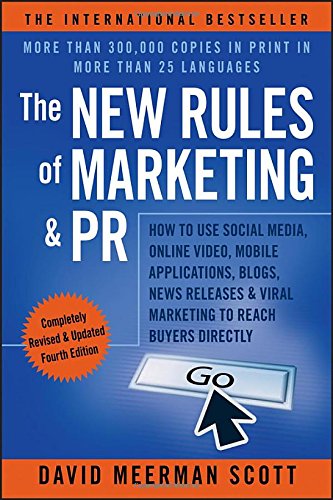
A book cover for The New Rules of Marketing & PR: How to Use Social Media, Online Video, Mobile Applications, Blogs, News Releases, and Viral Marketing to Reach Buyers Directly; David Meerman Scott; Computers & Technology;